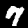
Digit: 7